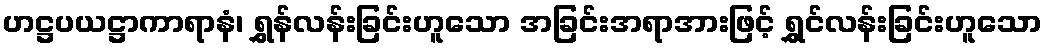
ဟဋ္ဌပယဋ္ဌာကာရာနံ၊ ရွှန်လန်းခြင်းဟူသော အခြင်းအရာအားဖြင့် ရွှင်လန်းခြင်းဟူသော